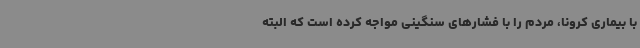
با بیماری کرونا، مردم را با فشارهای سنگینی مواجه کرده است که البته